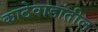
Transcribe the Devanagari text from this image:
काठेवाडांतील